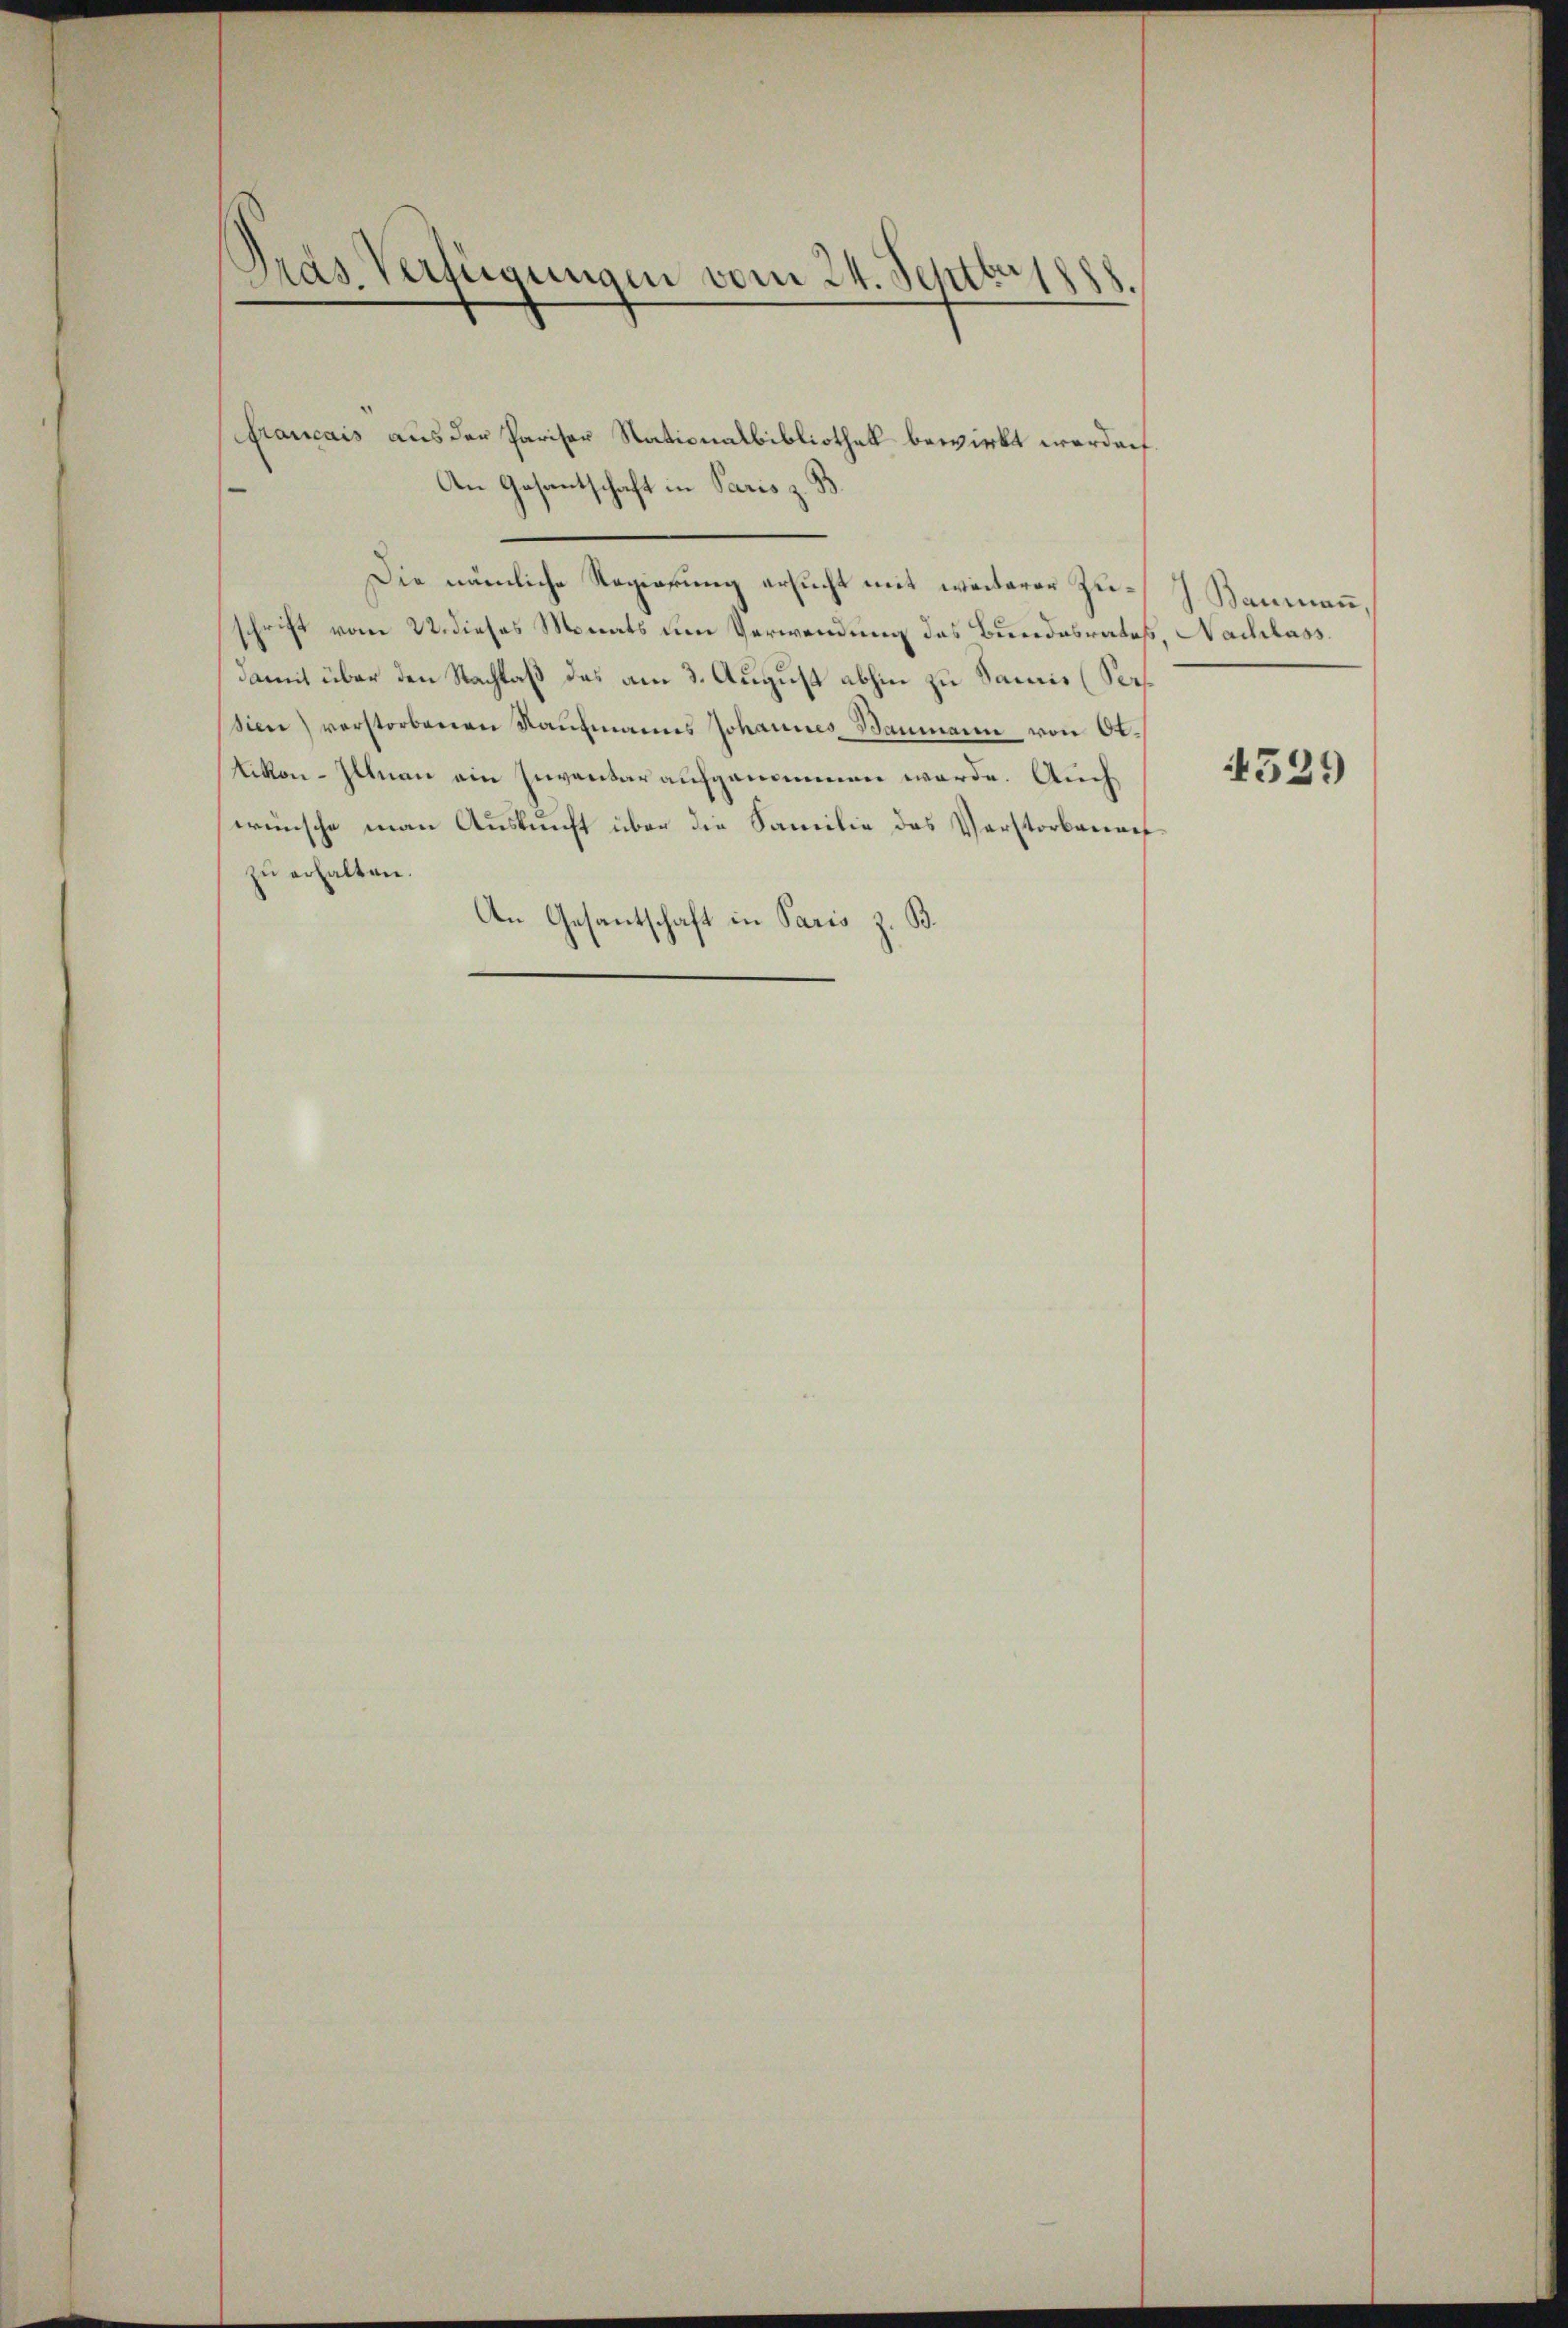
Gras Verfügungen vom 24. Septbr 1888

ftanicais aus der Pariser Nationalbibliothek bewirkt werden.
An Gesantschaft in Paris z. B.
Die nämliche Regierung ersucht mit weiterer Zuschrift vom 22. dieses Monats um Verwendung des Bundesrates, Nachlass
damit über den Nachlaß das am 3. August abhin zu Samis (Sersion) verstorbenen Kaŭfmanns Johannes Baumann von Ot¬
Likon-Illnau ein Inventar aufgenommen werde. Auch
wünsche man Auskunft über die Familie das Verstorbenaufzu erhalten.
An Gesantschaft in Paris z. B.

Baumann,

529